Report on vaccination for the Province of Oudh 1871 -
Year: 1871
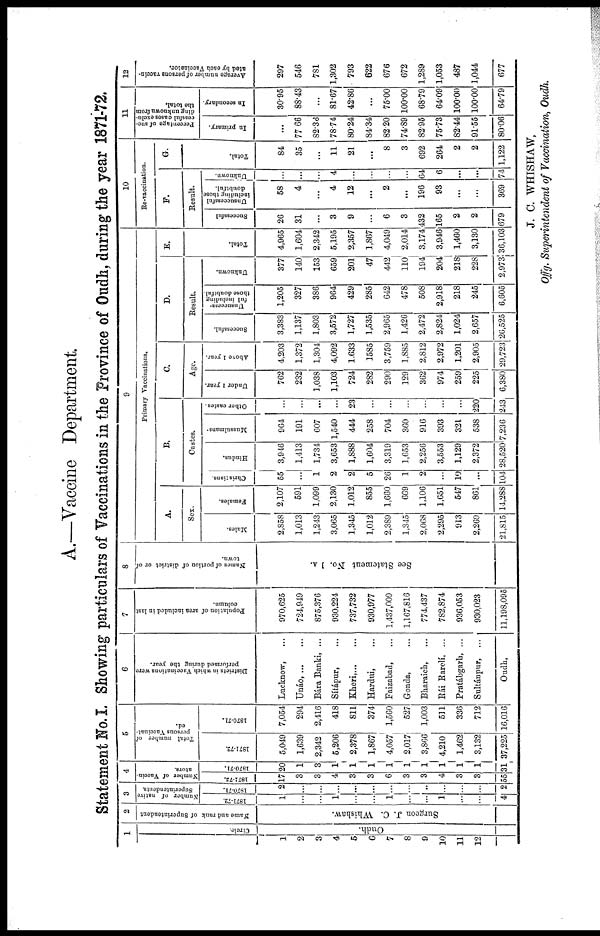
A.—Vaccine Department.
Statement No. I. Showing particulars of Vaccinations in the Province of Oudh, during the year 1871-72.
1
1
2
3
4
5
6
7
8
9
10
11
12
Circle.
Oudh.
2
Name and rank of Superintendent
Surgeon J. C. Whishaw.
3
Number of native
Superintendents.
1871-72.
1
...
...
1
...
...
1
...
...
1
...
...
4
1870-71.
2
...
...
...
...
...
...
...
..
...
...
...
2
4
Number of Vaccin¬
ators.
1871-72.
17
3
3
4
3
3
6
3
3
4
3
3
55
1870-71.
20
1
3
1
1
1
1
1
1
1
1
1
31
5
Total number of
persons Vaccinat-
ed.
1871-72.
5,049
1,639
2,342
5,206
2,378
1,867
4,057
2,017
3,866
4,210
1,462
3,132
37,225
1870-71.
7,054
294
2,416
418
811
374
1,560
527
1,003
511
336
712
16,016
6
Districts in which Vaccinations were
performed during the year.
Lucknow, ...
Unáo, ... ...
Bára Banki, ...
Sítápur, ...
Kheri, ... ...
Hardui, ...
Faizabad, ...
Gonda, ...
Bharaich, ...
Rái Barelí, ...
Pratábgarh, ...
Sultánpur, ...
Oudh,
7
Population of area included in last
column.
970,625
724,949
875,376
930,224
737,732
930,977
1,437,009
1,167,816
774,437
782,874
936,053
930,023
11,198,095
8
Names of portion of district or of
town.
See Statement No. I A.
9
Primary Vaccinations.
A.
Sex.
Males.
2,858
1,013
1,243
3,065
1,345
1,012
2,389
1,345
2,068
2,295
913
2,269
21,815
Females.
2,107
591
1,099
2,130
1,012
855
1,660
669
1,106
1,651
547
861
14,288
B.
Castes.
Christians.
55
...
1
2
2
5
26
1
2
...
10
...
104
Hindus.
3,946
1,413
1,734
3,653
1,888
1,604
3,319
1,653
2,256
3,553
1,129
2,372
28,520
Mussulmans.
964
191
607
1,540
444
258
704
360
916
393
321
538
7,236
Other castes.
...
...
...
...
23
...
...
...
...
...
220
243
C.
Age.
Under 1 year.
762
232
1,038
1,103
724
282
290
129
362
974
259
225
6,380
Above 1 year.
4,203
1,372
1,304
4,092
1,633
1,585
3,759
1,885
2,812
2,972
1,201
2,905
29,723
D.
Result.
Successful.
3,383
1,137
1,803
3,572
1,727
1,535
2,965
1,426
2,472
2,824
1,024
2,657
26,525
Unsuccess-
ful including
those doubtful.
1,205
327
386
964
429
285
642
478
508
2,918
218
245
6,605
Unknown.
377
140
153
659
201
47
442
110
194
204
218
228
2,973
E.
Total.
4,965
1,604
2,342
5,195
2,357
1,867
4,049
2,014
3,174
3,946
1,460
3,130
36,103
10
Re-vaccination.
F.
Result.
Successful
26
31
...
3
9
...
6
3
432
165
2
2
679
Unsuccessful
including those
doubtful.
58
4
...
4
12
...
2
...
196
93
...
...
369
Unknown.
...
...
...
4
...
...
...
...
64
6
...
...
74
G.
Total.
84
35
...
11
21
...
8
3
692
264
2
2
1,122
11
Percentage of suc-
cessful cases exclu-
ding unknown from
the total.
In primary.
...
77.66
82.36
78.74
80.24
84.34
82.20
74.89
82.95
75.73
82.44
91.55
80.06
In secondary.
30.95
88.43
...
81.67
42.86
...
75.00
100.00
68.79
64.09
100.00
100.00
64.79
12
Average number of persons vaccin-
ated by each Vaccinator.
297
546
781
1,302
793
622
676
672
1,289
1,053
487
1,044
677
J. C. WHISHAW,
Offg. Superintendent of Vaccination, Oudh.